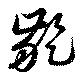
齕